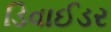
ડિવાઈડર